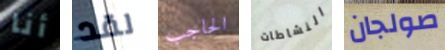
أنا لقد الحاجب النشاطات صولجان